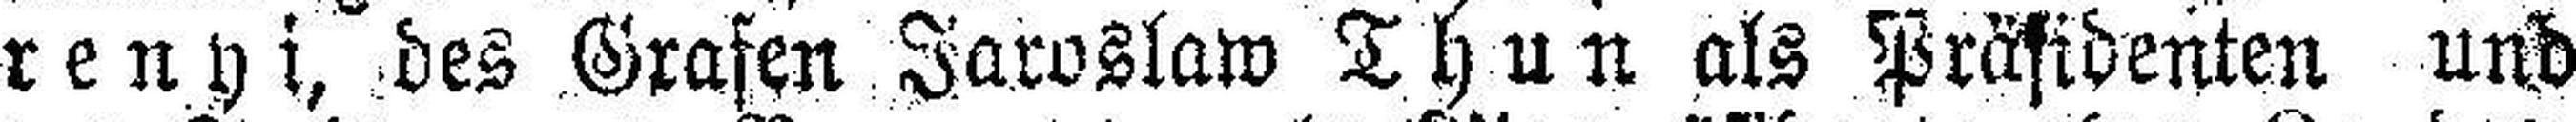
renyi, des Grafen Jaroslaw Thun als Präsidenten und